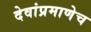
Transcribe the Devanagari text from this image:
देवांप्रमाणेच